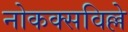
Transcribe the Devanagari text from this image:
नोकक्सविल्ले